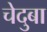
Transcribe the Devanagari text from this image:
चेदुबा